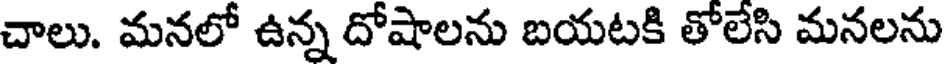
చాలు. మనలో ఉన్న దోషాలను బయటకి తోలేసి మనలను